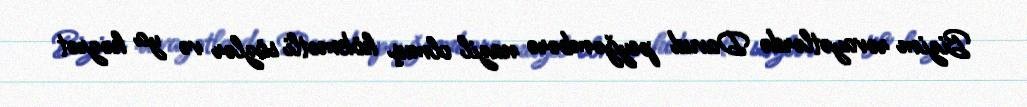
Bizim rəvayətlərdə Davud peyğəmbərə nazil olmuş hökmətli sözlər və ya həzrət